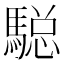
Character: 𲋼